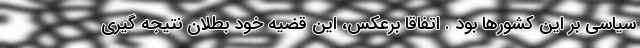
سیاسی بر این کشورها بود . اتفاقا برعکس، این قضیه خود بطلان نتیجه گیری